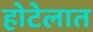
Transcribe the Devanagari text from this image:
होटेलात